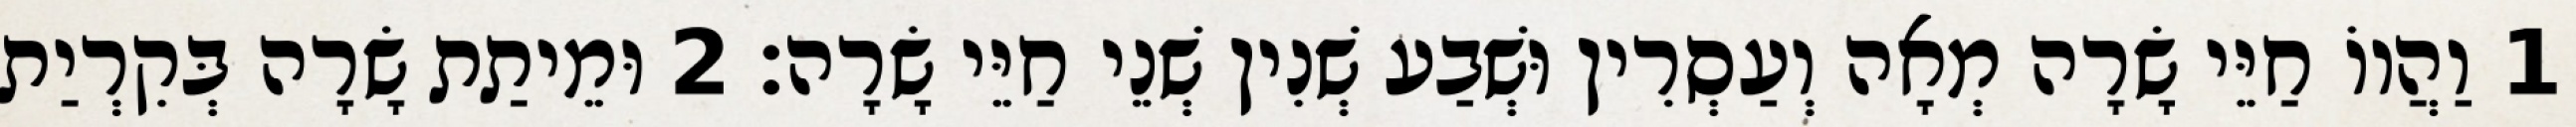
1 וַהֲווֹ חַיֵּי שָׂרָה מְאָה וְעַסְרִין וּשְׁבַע שְׁנִין שְׁנֵי חַיֵּי שָׂרָה׃ 2 וּמֵיתַת שָׂרָה בְּקִרְיַת